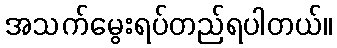
အသက်မွေးရပ်တည်ရပါတယ်။